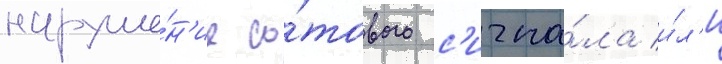
наруше́н'ие со́тового с'игна́ла и́л'и